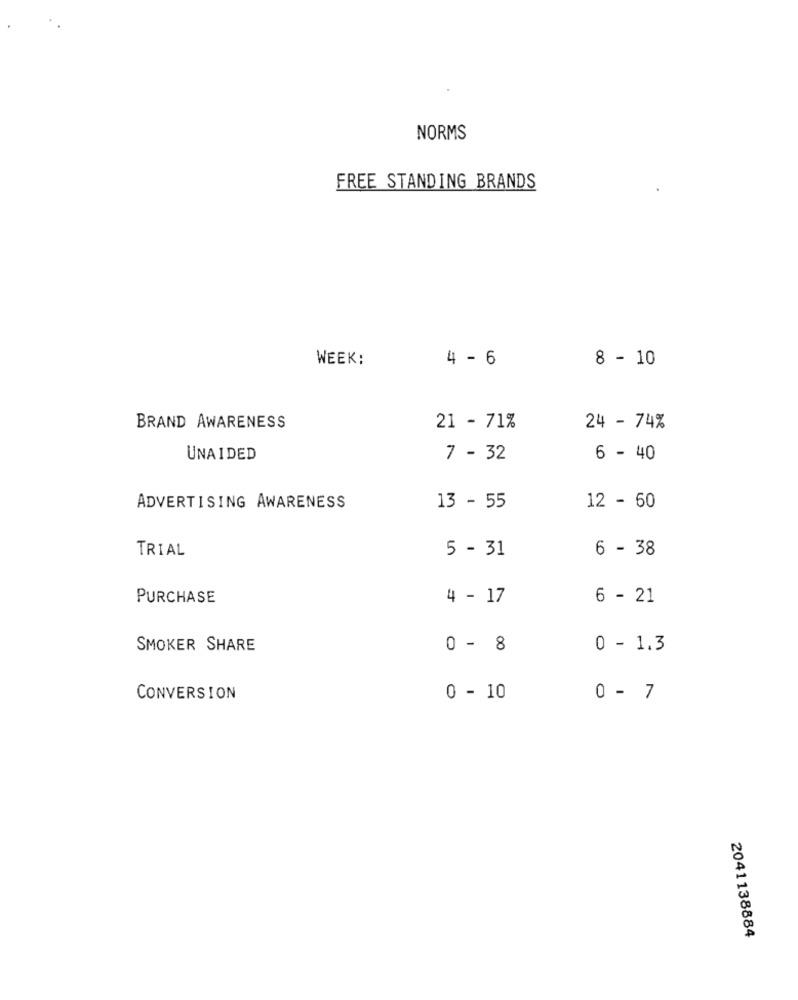
NORMS
FREE STANDING BRANDS
WEEK:
4 - 6
8 - 10
BRAND AWARENESS
21 - 71%
24 - 74%
UNAIDED
7 - 32
6 - 40
ADVERTISING AWARENESS
13 - 55
12 - 60
TRIAL
5 - 31
6 - 38
PURCHASE
4 - 17
6 - 21
SMOKER SHARE
0 - 8
0 - 1.3
CONVERSION
0 - 10
0 - 7
2041138884